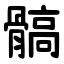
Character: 髇